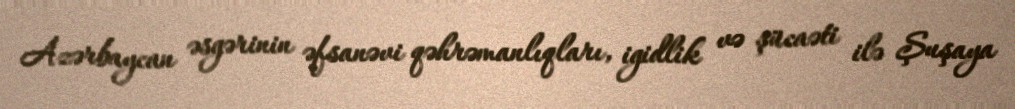
Azərbaycan əsgərinin əfsanəvi qəhrəmanlıqları, igidlik və şücaəti ilə Şuşaya